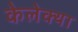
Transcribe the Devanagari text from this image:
केलेक्या